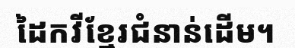
ដៃកវីខ្មែរជំនាន់ដើម។